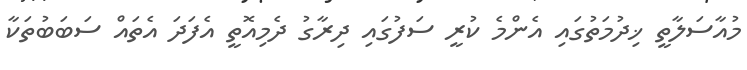
މުއާސަލާތީ ޚިދުމަތުގައި އެންމެ ކުރީ ސަފުގައި ދިރާގު ދެމިއޮތީ އެފަދަ އެތައް ސަބަބުތަކާ